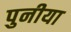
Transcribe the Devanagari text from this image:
पुनीया